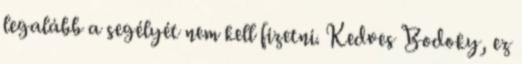
legalább a segélyét nem kell fizetni. Kedves Bodoky, ez